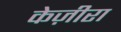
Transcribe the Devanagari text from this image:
केज़ीरा